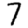
Digit: 7